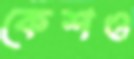
কেশও